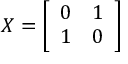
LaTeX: X = { \left[ \begin{array} { l l } { 0 } & { 1 } \\ { 1 } & { 0 } \end{array} \right] }